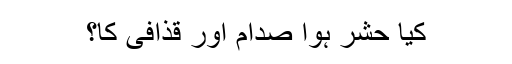
کیا حشر ہوا صدام اور قذافی کا؟